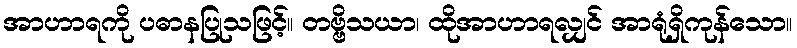
အာဟာရကို ပဓာနပြုသဖြင့်။ တဗ္ဗိသယာ၊ ထိုအာဟာရလျှင် အာရုံရှိကုန်သော။